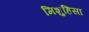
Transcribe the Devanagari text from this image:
मिशुहिसा